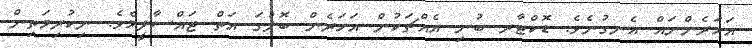
އަހަރެންނައް އެނގުނެވެ. ޑޮކްޓާރ ބުނި އެއްޗަކުން އަހަރެން ބޮލުގަ އަތް ޖައްސާލީމެވެ. ނިކުރިމަތިން